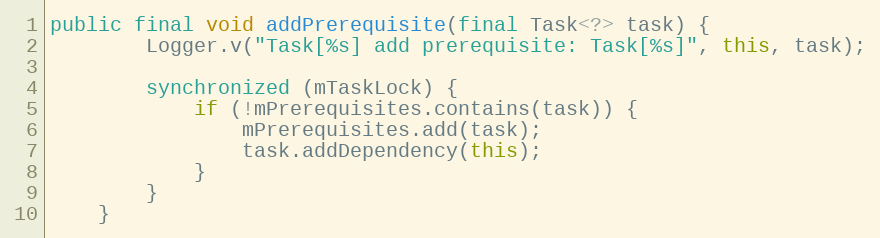
Language: Java
public final void addPrerequisite(final Task<?> task) {
        Logger.v("Task[%s] add prerequisite: Task[%s]", this, task);

        synchronized (mTaskLock) {
            if (!mPrerequisites.contains(task)) {
                mPrerequisites.add(task);
                task.addDependency(this);
            }
        }
    }